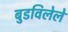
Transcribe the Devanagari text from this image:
बुडविलेले